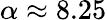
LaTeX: \alpha\approx 8.25